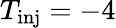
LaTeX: T_{\mathrm{inj}}=-4